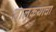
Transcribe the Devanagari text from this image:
तालुकयाचा